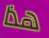
هذا